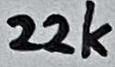
Text: 22k